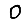
Digit: 0